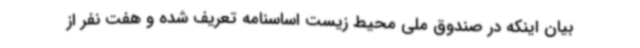
بیان اینکه در صندوق ملی محیط زیست اساسنامه تعریف شده و هفت نفر از